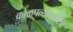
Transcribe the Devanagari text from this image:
कोळपल्यासारखी